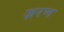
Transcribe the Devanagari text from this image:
ज़रण